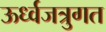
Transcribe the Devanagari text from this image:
ऊर्ध्वजत्रुगत